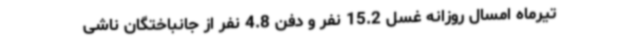
تیرماه امسال روزانه غسل 15.2 نفر و دفن 4.8 نفر از جانباختگان ناشی